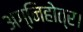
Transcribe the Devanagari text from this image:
अग्निहोत्र।